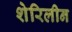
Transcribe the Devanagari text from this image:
शेरिलीन